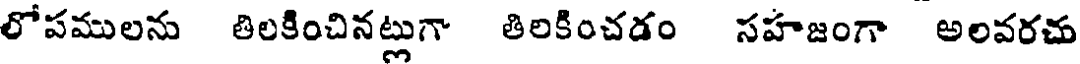
లోపములను తిలకించినట్లుగా తిలకించడం సహజంగా అలవరచు